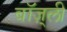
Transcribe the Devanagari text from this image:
बॉज़्ली